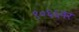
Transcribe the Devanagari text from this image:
९०६६पर